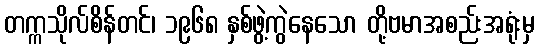
တက္ကသိုလ်စိန်တင်၊ ၁၉၆၈ နှစ်ဖွဲ့ကွဲနေသော တို့ဗမာအစည်းအရုံးမှ